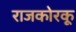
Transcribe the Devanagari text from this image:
राजकोरकू